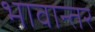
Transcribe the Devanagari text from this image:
भावान्तर